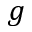
g